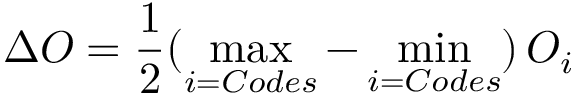
\Delta O = \frac { 1 } { 2 } ( \operatorname * { m a x } _ { i = C o d e s } - \operatorname * { m i n } _ { i = C o d e s } ) \, O _ { i }